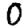
Digit: 0